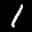
Label: 1